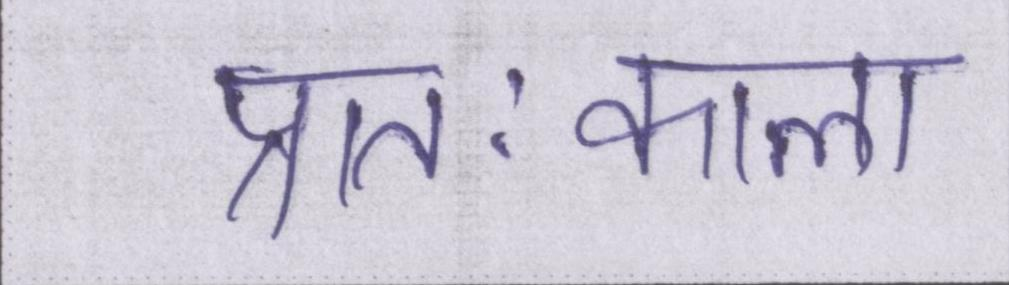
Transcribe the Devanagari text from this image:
प्रातःकाल